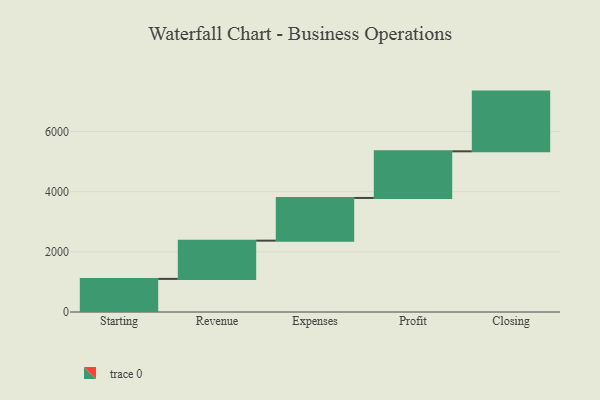
{"axis": {"x": "Step", "y": "Value"}, "legend": [""], "data": [{"x": "Starting", "y": 1101.0, "type": ""}, {"x": "Revenue", "y": 1272.0, "type": ""}, {"x": "Expenses", "y": 1420.0, "type": ""}, {"x": "Profit", "y": 1550.0, "type": ""}, {"x": "Closing", "y": 1986.0, "type": ""}]}